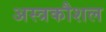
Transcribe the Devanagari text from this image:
अस्त्रकौशल